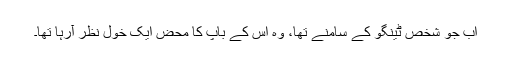
اب جو شخص ٹینگو کے سامنے تھا، وہ اس کے باپ کا محض ایک خول نظر آرہا تھا۔